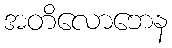
အတိလောဘေန